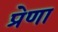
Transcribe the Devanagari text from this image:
प्रेणा